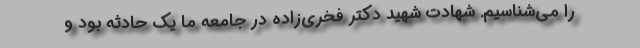
را می‌شناسیم. شهادت شهید دکتر فخری‌زاده در جامعه ما یک حادثه بود و